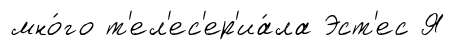
мно́го т'ел'ес'ер'иа́ла Эст'ес Я